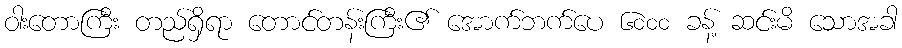
ဝါးတောကြီး တည်ရှိရာ တောင်တန်းကြီး၏ အောက်ဘက်ပေ ၆၀၀၀ ခန့် ဆင်းမိ သောအခါ